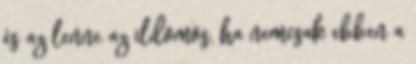
és az lenne az ildomos, ha nemcsak ebben a